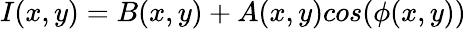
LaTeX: I(x,y)=B(x,y)+A(x,y)cos({\phi}(x,y))